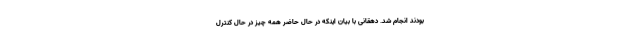
بودند انجام شد. دهقانی با بیان اینکه در حال حاضر همه چیز در حال کنترل